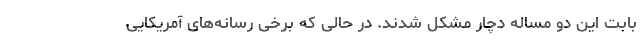
بابت این دو مساله دچار مشکل شدند. در حالی که برخی رسانه‌های آمریکایی